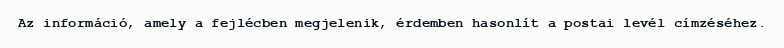
Az információ, amely a fejlécben megjelenik, érdemben hasonlít a postai levél címzéséhez.